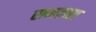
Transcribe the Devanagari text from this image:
रामतारा